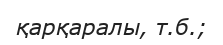
қарқаралы, т.б.;